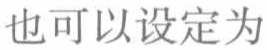
也可以设定为